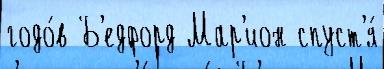
годо́в Б'едфорд Мар'ион спуст'я́